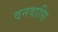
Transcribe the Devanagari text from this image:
वनवासि